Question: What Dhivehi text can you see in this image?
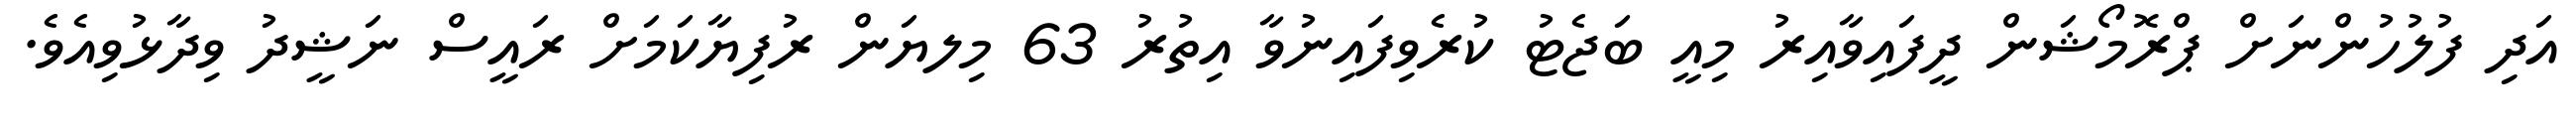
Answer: އަދި ފުލުހުންނަށް ޕްރޮމޯޝަން ދީފައިވާއިރު މިއީ ބަޖެޓު ކުރެވިފައިނުވާ އިތުރު 63 މިލޔަން ރުފިޔާކަމަށް ރައީސް ނަޝީދު ވިދާޅުވިއެވެ.